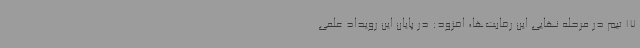
17 تیم در مرحله نهایی این رقابت‌ها، افزود: در پایان این رویداد علمی